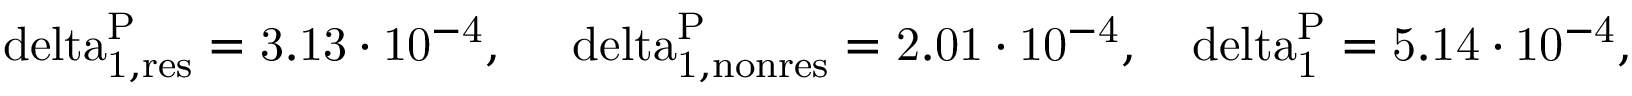
\mathrm { \ d e l t a _ { 1 , r e s } ^ { P } = 3 . 1 3 \cdot 1 0 ^ { - 4 } , ~ ~ ~ \ d e l t a _ { 1 , n o n r e s } ^ { P } = 2 . 0 1 \cdot 1 0 ^ { - 4 } , ~ ~ \ d e l t a _ { 1 } ^ { P } = 5 . 1 4 \cdot 1 0 ^ { - 4 } , }